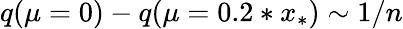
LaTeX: q(\mu=0)-q(\mu=0.2*x_{*})\sim 1/n